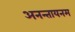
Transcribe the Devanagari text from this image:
अनन्तायनम